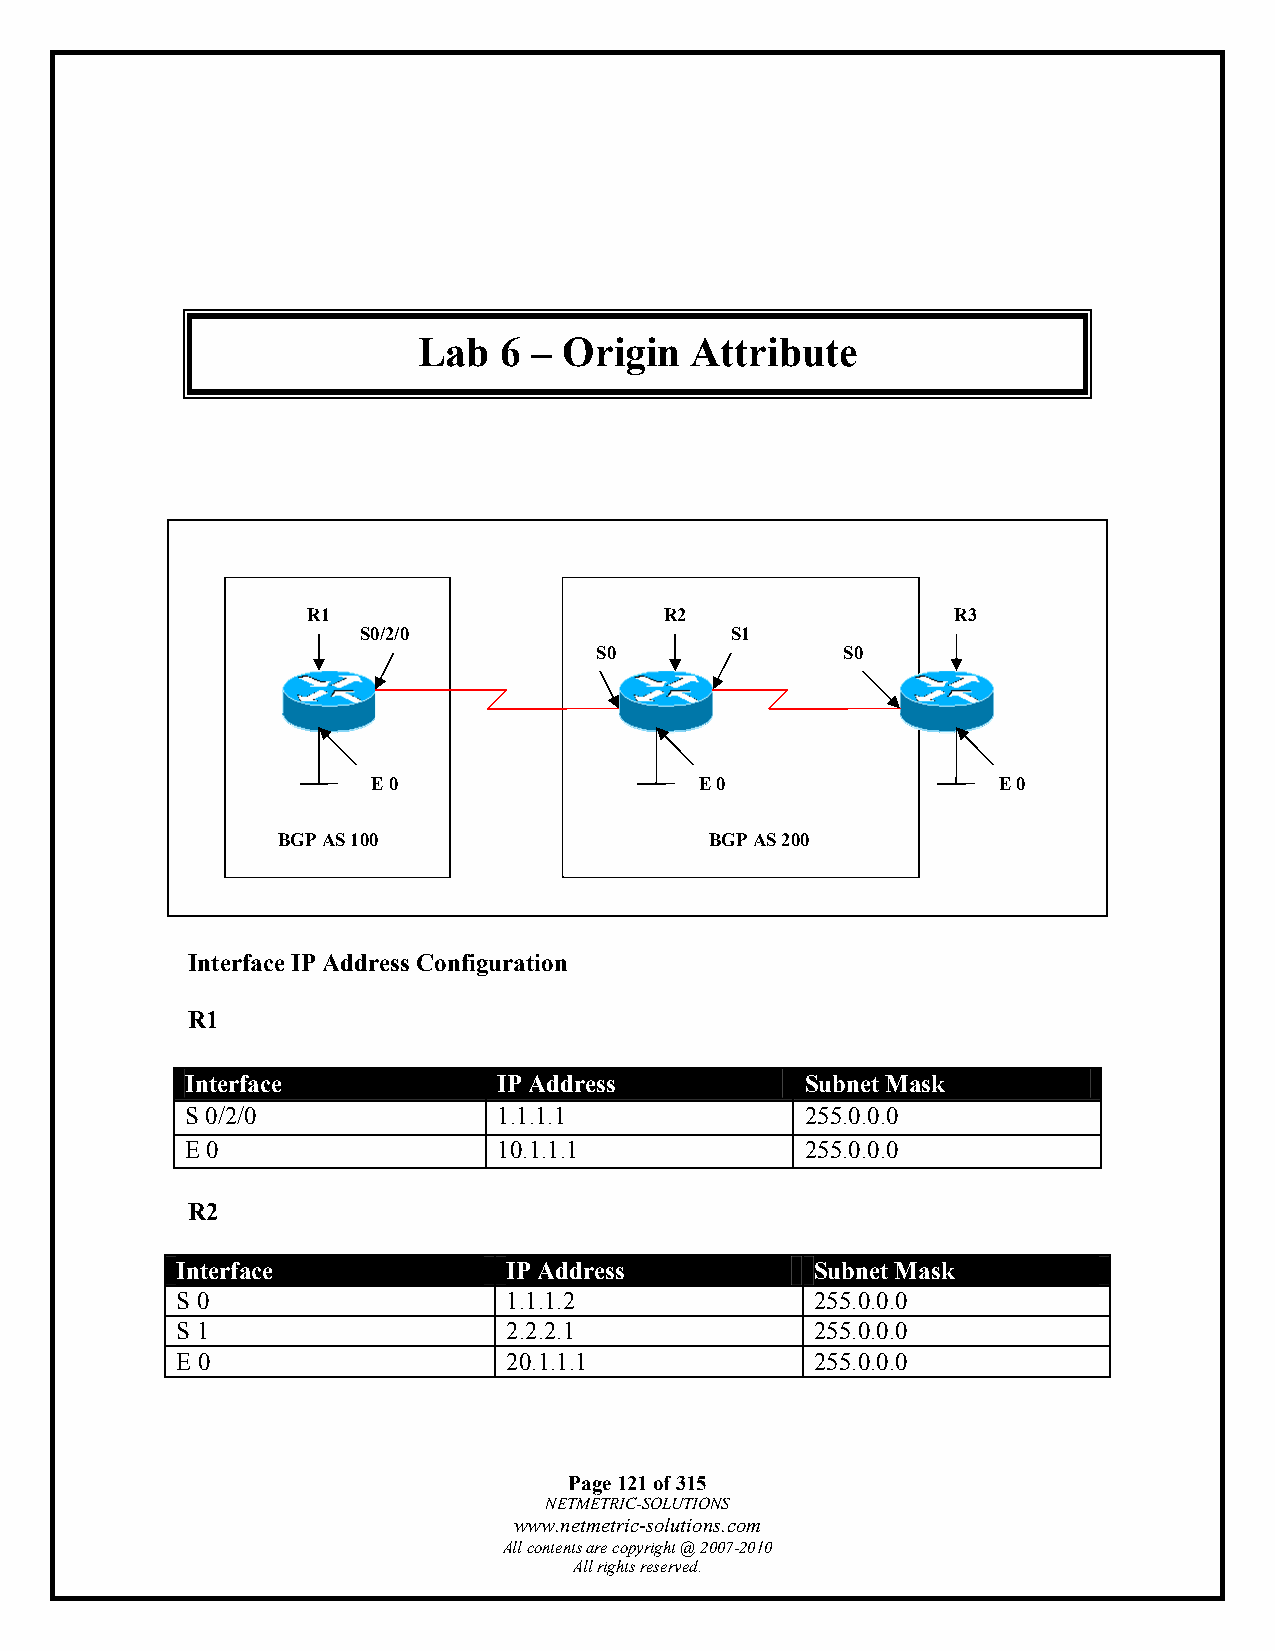
Lab  6 – Origin   Attribute
 R1                      R2                 R3
 S0/2/0                  S1
 S0               S0
 E 0                  E 0                 E 0
 BGP AS 100                   BGP AS 200
 Interface IP Address Configuration
 R1
 Interface            IP Address          Subnet Mask
 S 0/2/0              1.1.1.1             255.0.0.0
 E 0                  10.1.1.1            255.0.0.0
 R2
 Interface             IP Address          Subnet Mask
 S 0                   1.1.1.2             255.0.0.0
 S 1                   2.2.2.1             255.0.0.0
 E 0                   20.1.1.1            255.0.0.0
 Page 121 of 315
 NETMETRIC-SOLUTIONS
 www.netmetric-solutions.com
 All contents are copyright @ 2007-2010
 All rights reserved.